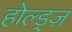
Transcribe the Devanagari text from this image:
होल्ड्ज़